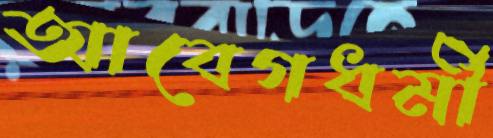
আবেগধর্মী